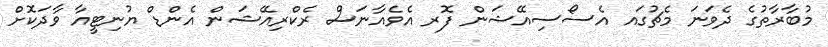
މުބާރާތުގެ ދެވަނަ މެޗުގައ އެސޯސިއޭޝަން ފޮރ އެވެއާނަސް ރެކްރިއޭޝަން އެންޑް ޔުނިޓީއާ ވާދަކޮށް